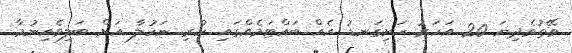
ވޭތުވެދިޔަ 20 އަހަރު ހަށިގަނޑު އެއް ބައްޓަމެއްގައި ހުރި ނަހުލާ އަށް ބަލިވެއިނުމާ